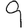
Digit: 9